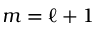
m = \ell + 1